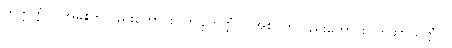
တိတ္တတ္တံဝါ၊ အခါးကိုလည်းကောင်း။ ကဋုကတ္တံဝါ၊ အစပ်ကိုလည်းကောင်း။ ကသာယတ္တံဝါ၊